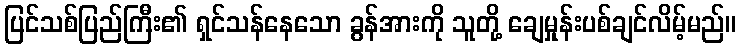
ပြင်သစ်ပြည်ကြီး၏ ရှင်သန်နေသော ခွန်အားကို သူတို့ ချေမှုန်းပစ်ချင်လိမ့်မည်။